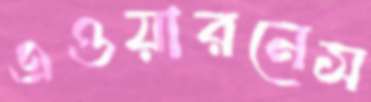
এওয়ারনেস